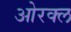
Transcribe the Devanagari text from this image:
ओरक्ल